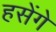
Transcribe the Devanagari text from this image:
हसेंगे